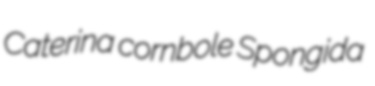
Caterina cornbole Spongida